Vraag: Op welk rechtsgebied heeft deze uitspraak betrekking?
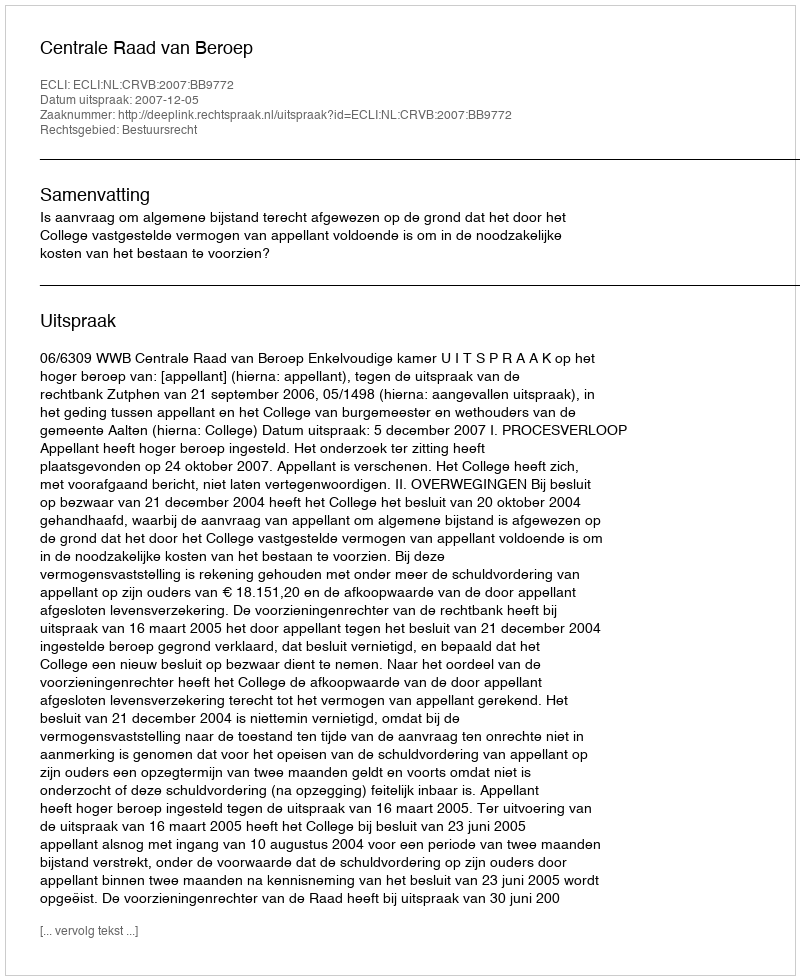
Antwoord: Bestuursrecht